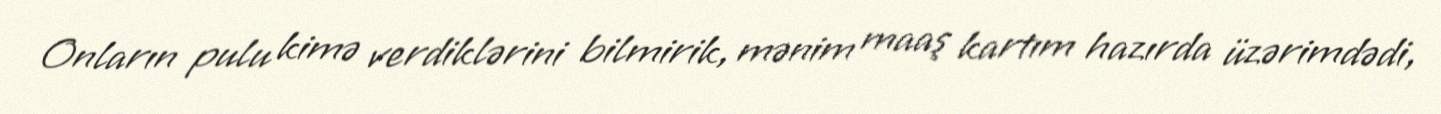
Onların pulu kimə verdiklərini bilmirik, mənim maaş kartım hazırda üzərimdədi,